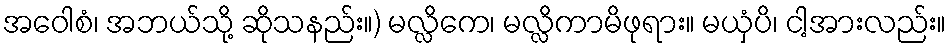
အဝေါစံ၊ အဘယ်သို့ ဆိုသနည်း။) မလ္လိကေ၊ မလ္လိကာမိဖုရား။ မယှံပိ၊ ငါ့အားလည်း။